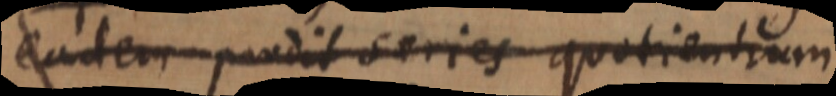
eandem habent seriem quotientium